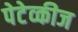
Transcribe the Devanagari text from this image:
पेटेव्कीज